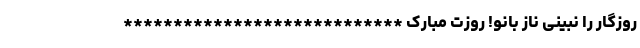
روزگار را نبینى ناز بانو! روزت مبارک ****************************